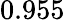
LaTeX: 0.955